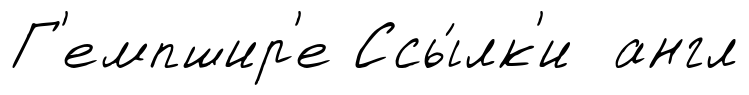
Г'емпшир'е Ссы́лк'и англ